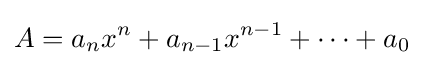
A=a_{n}x^{n}+a_{n-1}x^{n-1}+\cdots +a_{0}